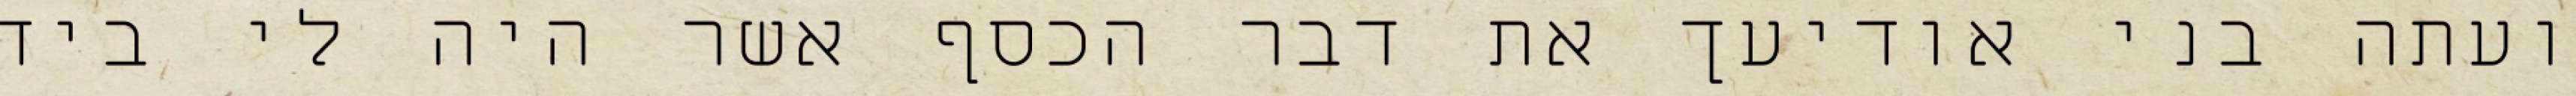
ועתה בני אודיעך את דבר הכסף אשר היה לי ביד